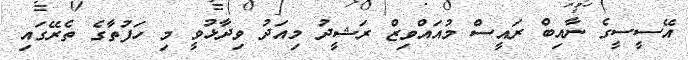
އޭސީސީގެ ނާއިބް ރައީސް މުއައްވިޒް ރަޝީދު މިއަދު ވިދާޅުވީ މި ހަފުތާގެ ތެރޭގައި